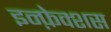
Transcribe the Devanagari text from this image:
इन्फ़ेक्शस